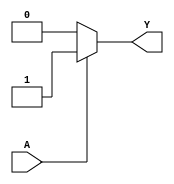
module KMapCombinationalLogic (
    input wire A,   // Input variable
    output wire Y   // Output variable
);

// Define the values for f(0) and f(1)
// You can modify these values as per your specific logic function
parameter f_0 = 1'b0; // Value for f(0) when A = 0
parameter f_1 = 1'b1; // Value for f(1) when A = 1

// Combinational logic to determine output Y based on input A
assign Y = (A == 1'b0) ? f_0 : f_1;

endmodule